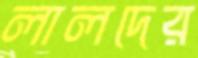
লালদের